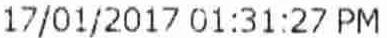
17/01/2017 01:31:27 PM